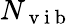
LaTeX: N_{\mathrm{~v~i~b~}}